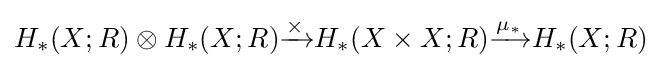
H_{*}(X;R)\otimes H_{*}(X;R){\xrightarrow[{}]{\times }}H_{*}(X\times X;R){\xrightarrow[{}]{\mu _{*}}}H_{*}(X;R)